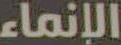
الإنماء